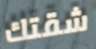
شقتك